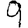
Digit: 9